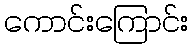
ကောင်းကြောင်း